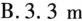
B.3.3m